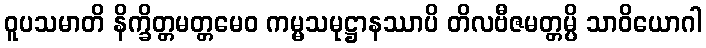
ဝူပသမာတိ နိက္ခိတ္တမတ္တမေဝ ကမ္မသမုဋ္ဌာနဿာပိ တိလဗီဇမတ္တမ္ပိ သာဝိယောဂါ